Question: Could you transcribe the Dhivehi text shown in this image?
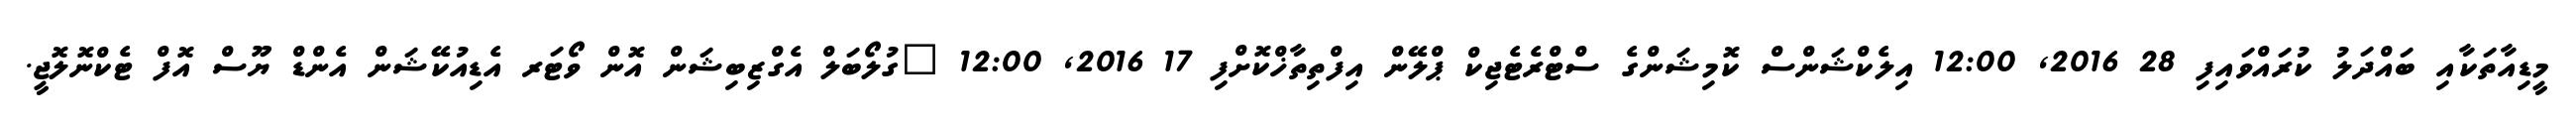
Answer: މީޑިއާތަކާއި ބައްދަލު ކުރައްވައިފި 28 2016, 12:00 އިލެކްޝަންސް ކޮމިޝަންގެ ސްޓްރެޓެޖިކް ޕްލޭން އިފްތިތާޚްކޮށްފި 17 2016, 12:00 "ގުލޯބަލް އެގްޒިބިޝަން އޮން ވޯޓަރ އެޑިއުކޭޝަން އެންޑް ޔޫސް އޮފް ޓެކްނޮލޮޖީ.